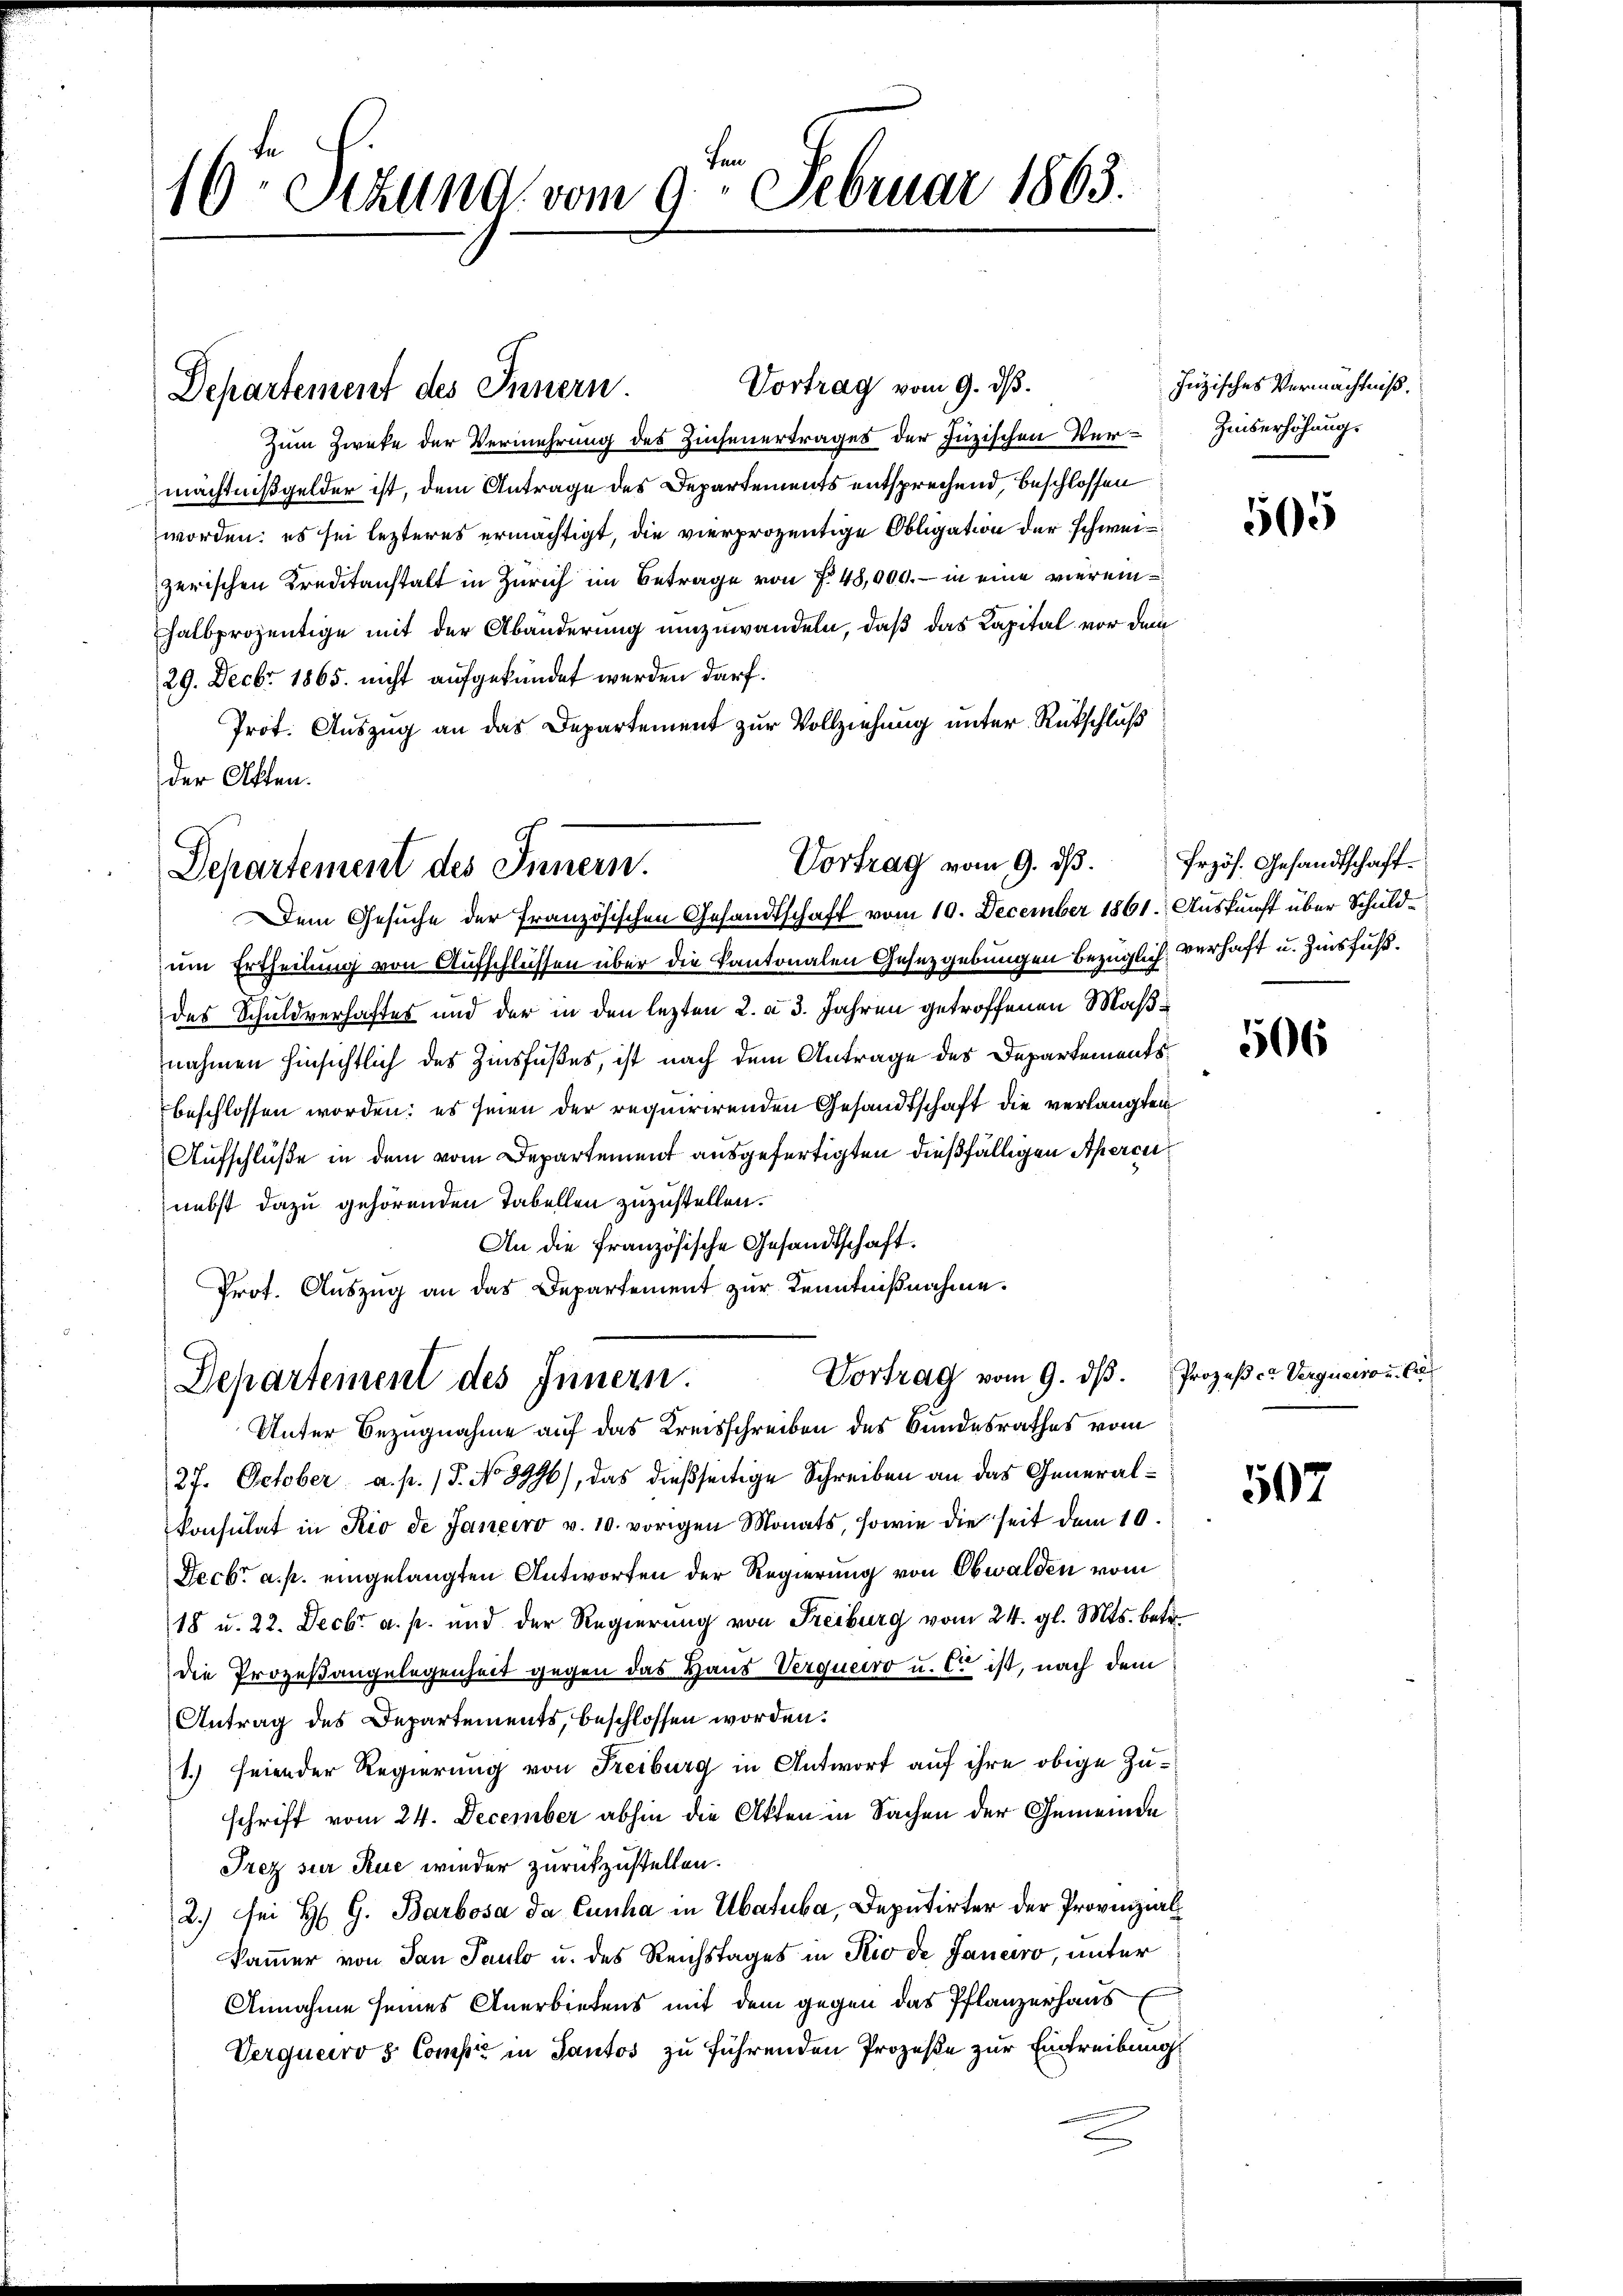
fen
16. Stund vom 9. Februar 1863.

Vortrag vom 9. d.
Zum Zweke der Vermehrung des Zinsenertrages der Juzischen Vermächtnißgelder ist, dem Antrage des Departements entsprechend, beschlossen
worden: es sei lezteres ermächtigt, die vierprozentige Obligation der schweizerischen Kreditanstalt in Zürich im Betrage von f. 48,000.- in eine vierein¬
Halbprozentige mit der Abänderung umzuwandeln, daß das Kapital vor dem
29. Decbr 1865. nicht aufgekündet werden darf.
Prot. Auszug an das Departement zur Vollziehung unter Rückschluß
der Atten.

Departement des Innern

Vortrag vom 9. ds.
Departement des Innern.

Dem Gesuche der französischen Gesandtschaft vom 10. December 1861. Auskunft über Schuldum Ertheilung von Aufschlüssen über die Kantonalen Gesetzgebungen bezüglich verhaft u. Zinsfuss.
des Schuldverhaftes und der in den lezten 2. a 3. Jahren getroffenen Maßnahmen hinsichtlich des Zinsfußes, ist nach dem Antrage des Departementsbeschlossen worden: es seien der requirirenden Gesandtschaft die verlangten
Aufschlüße in dem vom Departement ausgefertigten dießfälligen Apercunebst dazu gehörenden Tabellen zuzustellen.
An die französische Gesandtschaft.
Prot. Auszug an das Departement zur Kenntnißnahme.
Unter Bezugnahme auf das Kreisschreiben des Bundesrathes vom
27. October a. p. 15. No 3996), das dießseitige Schreiben an das Generalkonsulat in Rio de Janeiro v. 10. vorigen Monats, sowie die seit dem 10.
Fecbr a. p. eingelangten Antworten der Regierung von Obwalden vom
18 u. 22. Decbr. a. p. und der Regierung von Freiburg vom 24. gl. Mts. betr.
die Prozeßangelegenheit gegen das Haus Verquerro u. c. ist, nach dem
Antrag des Departements, beschlossen worden.
1.) seiender Regierung von Freiburg in Antwort auf ihre obige Zuschrift vom 24. December abhin die Akten in Sachen der Gemeinde
Trez sur Rue wieder zurückzustellen.
2.) sei H. G. Barbosa da Cuuha in Ubatuba, Deputirter der Provinzialkammer von den Paulo u. des Reichstages in Rio de Janeiro, unter
Annahme seines Anerbietens mit dem gegen das Pflanzerhaus
Verqueros Compt in Sautos zu führenden Prozeße zur Eintreibung

Departement des Innern.

Vortrag vom 9. dβ. Prozeß er Verguerro u. C

Juzisches Vermächtniß.
Zeiserhöhung.

505

Erzös. Gesandtschaft.

506

507